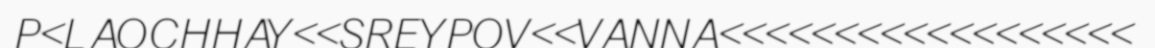
P<LAOCHHAY<<SREYPOV<<VANNA<<<<<<<<<<<<<<<<<<